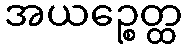
အယဉ္စေတ္ထ